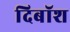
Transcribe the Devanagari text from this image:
दिबॉश